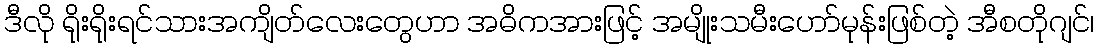
ဒီလို ရိုးရိုးရင်သားအကျိတ်လေးတွေဟာ အဓိကအားဖြင့် အမျိုးသမီးဟော်မုန်းဖြစ်တဲ့ အီစတိုဂျင်၊